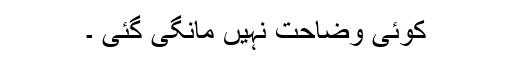
کوئی وضاحت نہیں مانگی گئی ۔